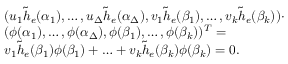
\begin{array} { r l } & { ( u _ { 1 } \tilde { h } _ { e } ( \alpha _ { 1 } ) , \ldots , u _ { \Delta } \tilde { h } _ { e } ( \alpha _ { \Delta } ) , v _ { 1 } \tilde { h } _ { e } ( \beta _ { 1 } ) , \ldots , v _ { k } \tilde { h } _ { e } ( \beta _ { k } ) ) \cdot } \\ & { ( \phi ( \alpha _ { 1 } ) , \ldots , \phi ( \alpha _ { \Delta } ) , \phi ( \beta _ { 1 } ) , \ldots , \phi ( \beta _ { k } ) ) ^ { T } = } \\ & { v _ { 1 } \tilde { h } _ { e } ( \beta _ { 1 } ) \phi ( \beta _ { 1 } ) + \ldots + v _ { k } \tilde { h } _ { e } ( \beta _ { k } ) \phi ( \beta _ { k } ) = 0 . } \end{array}